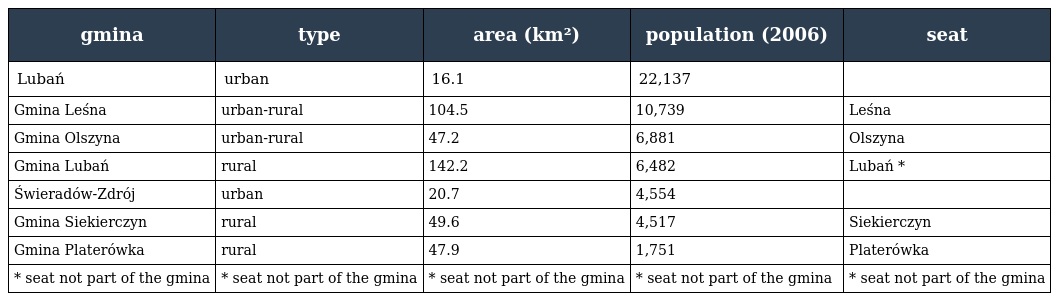
| gmina | type | area (km²) | population (2006) | seat |
 | --- | --- | --- | --- | --- |
 | Lubań | urban | 16.1 | 22,137 |  |
 | Gmina Leśna | urban-rural | 104.5 | 10,739 | Leśna |
 | Gmina Olszyna | urban-rural | 47.2 | 6,881 | Olszyna |
 | Gmina Lubań | rural | 142.2 | 6,482 | Lubań * |
 | Świeradów-Zdrój | urban | 20.7 | 4,554 |  |
 | Gmina Siekierczyn | rural | 49.6 | 4,517 | Siekierczyn |
 | Gmina Platerówka | rural | 47.9 | 1,751 | Platerówka |
 | * seat not part of the gmina | * seat not part of the gmina | * seat not part of the gmina | * seat not part of the gmina | * seat not part of the gmina |